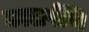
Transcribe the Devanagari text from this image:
उत्सर्पणि